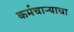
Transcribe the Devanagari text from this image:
कर्मचार्‍याचा